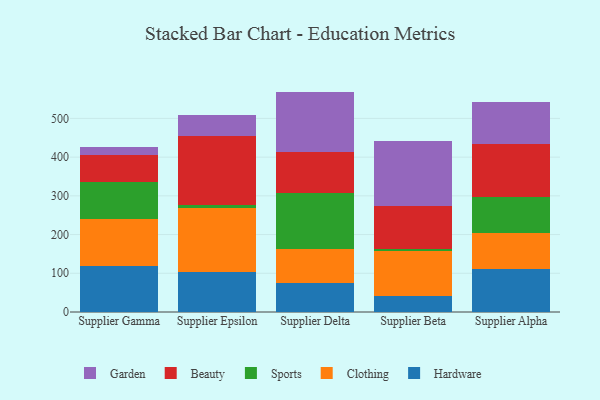
{"axis": {"x": "Supplier", "y": "Satisfaction Score"}, "legend": ["Beauty", "Clothing", "Garden", "Hardware", "Sports"], "data": [{"x": "Supplier Gamma", "y": 119.5, "type": "Hardware"}, {"x": "Supplier Gamma", "y": 119.8, "type": "Clothing"}, {"x": "Supplier Gamma", "y": 96.8, "type": "Sports"}, {"x": "Supplier Gamma", "y": 70.4, "type": "Beauty"}, {"x": "Supplier Gamma", "y": 20.0, "type": "Garden"}, {"x": "Supplier Epsilon", "y": 104.1, "type": "Hardware"}, {"x": "Supplier Epsilon", "y": 164.2, "type": "Clothing"}, {"x": "Supplier Epsilon", "y": 7.4, "type": "Sports"}, {"x": "Supplier Epsilon", "y": 177.6, "type": "Beauty"}, {"x": "Supplier Epsilon", "y": 54.5, "type": "Garden"}, {"x": "Supplier Delta", "y": 75.3, "type": "Hardware"}, {"x": "Supplier Delta", "y": 88.7, "type": "Clothing"}, {"x": "Supplier Delta", "y": 143.6, "type": "Sports"}, {"x": "Supplier Delta", "y": 106.7, "type": "Beauty"}, {"x": "Supplier Delta", "y": 154.9, "type": "Garden"}, {"x": "Supplier Beta", "y": 42.5, "type": "Hardware"}, {"x": "Supplier Beta", "y": 114.9, "type": "Clothing"}, {"x": "Supplier Beta", "y": 5.0, "type": "Sports"}, {"x": "Supplier Beta", "y": 110.2, "type": "Beauty"}, {"x": "Supplier Beta", "y": 168.0, "type": "Garden"}, {"x": "Supplier Alpha", "y": 110.0, "type": "Hardware"}, {"x": "Supplier Alpha", "y": 93.4, "type": "Clothing"}, {"x": "Supplier Alpha", "y": 92.5, "type": "Sports"}, {"x": "Supplier Alpha", "y": 136.8, "type": "Beauty"}, {"x": "Supplier Alpha", "y": 109.5, "type": "Garden"}]}